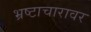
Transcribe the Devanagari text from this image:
भ्रष्टाचारावर